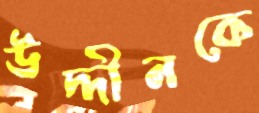
উদ্দীনকে